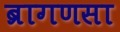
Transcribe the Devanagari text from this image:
ब्रागणसा